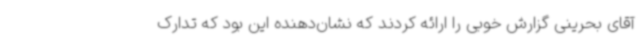
آقای بحرینی گزارش خوبی را ارائه کردند که نشان‌دهنده این بود که تدارک